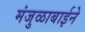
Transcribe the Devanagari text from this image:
मंजुळाबाईने